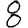
Digit: 8